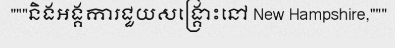
"""និងអង្គការជួយសង្គ្រោះនៅ New Hampshire,"""